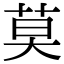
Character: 莫